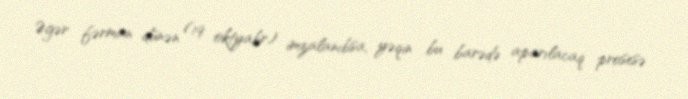
Əgər fərman dünən (19 oktyabr) imzalanıbsa, yəqin bu barədə aparılacaq prosesə